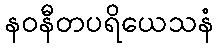
နဝနီတပရိယေသနံ